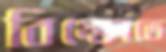
বিক্ষোভে